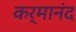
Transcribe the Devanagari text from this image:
कर्मानंद